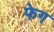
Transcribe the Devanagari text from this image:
फेग